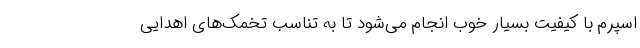
اسپرم با کیفیت بسیار خوب انجام می‌شود تا به تناسب تخمک‌های اهدایی